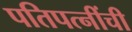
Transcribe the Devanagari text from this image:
पतिपत्‍नींची